Indian Medical Review
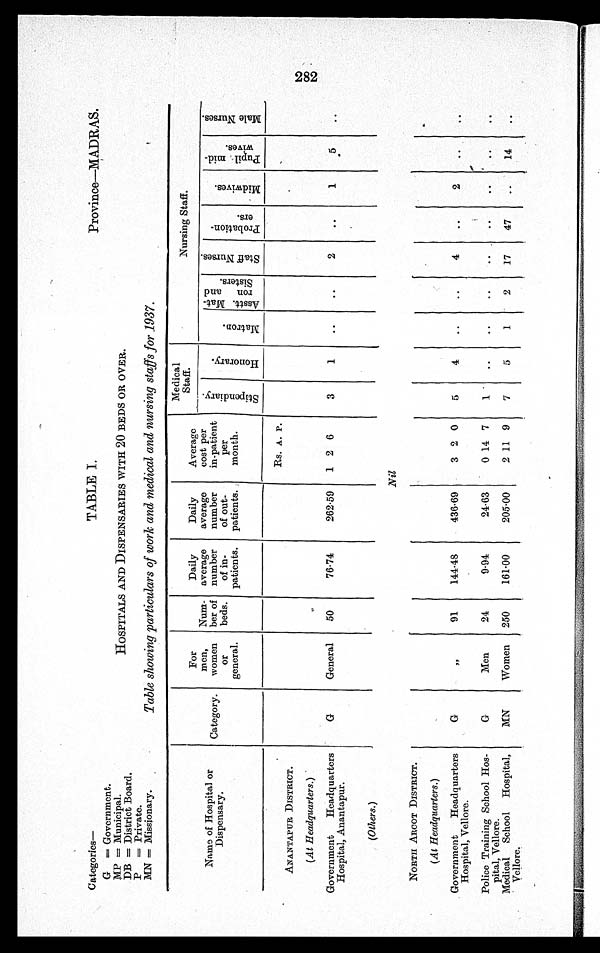
Categories—
G =Government.
MP =Municipal.
DB =District Board
.
P =Private.
MN =Missionary.
TABLE 1.
HOSPITALS AND DISPENSARIES WITH 20 BEDS OR OVER.
Table showing particulars of work and medical and nursing staffs for 1937.
Province—MADRAS.
Name of Hospital or
Di spensary.
Category.
For
men,
women
or
general.
Num-
ber of
beds.
Daily
average
number
of in-
patients.
Daily
average
number
of out-
patients.
Average
cost per
in-patient
per
month.
Medical Staff.
N u r s i n g S t a f f
S t i p e n d i a r y .
H o n o r a r y .
M a t r o n .
A s s t . M a t - r o n S i s t e r s .
S t a f f N u r s e s .
P r o b a t i o n - e r s .
M i d w i v e s .
P u p i l m i d - w i v e s .
Mal e Nur s es .
ANANTAPUR DISTRICT.
Rs. A. P.
(At Headquarters.)
Government Headquarters
Hospital, Anantapur.
G
General
50
76.74
262.59 1 2 6
3
1
..
..
2
. .
1
5
. .
(Others.)
Nil
NORTH ARCOT DISTRICT.
(At Headquarters.)
Government Headquarters
Hospital, Vellore.
G
, , 91
144.48
436.69
3 2 0
5
4
..
..
4
..
2
. .
. .
Police Training School Hos-
pital, Vellore.
G
Men
24
9.94
24.63
0 14 7
1
..
..
..
..
..
..
..
..
Medical School Hospital,
Vellore.
MN
Women 250
161.00
205.00
2 11 9
7
5
1
2
17
47
..
14
..
282